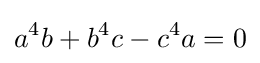
a^{4}b+b^{4}c-c^{4}a=0